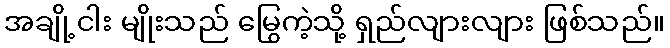
အချို့ငါး မျိုးသည် မြွေကဲ့သို့ ရှည်လျားလျား ဖြစ်သည်။